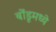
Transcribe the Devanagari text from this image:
बोंडूमध्ये